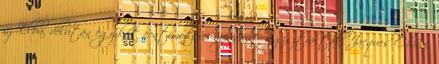
az Elba, délután egy-két centiméteres apadást regisztráltak. Jacques Chirac